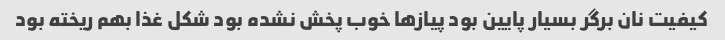
کیفیت نان برگر بسیار پایین بود پیاز‌ها خوب پخش نشده بود شکل غذا بهم ریخته بود